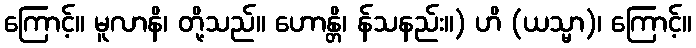
ကြောင့်။ မူလာနိ၊ တို့သည်။ ဟောန္တိ၊ န်သနည်း။) ဟိ (ယသ္မာ)၊ ကြောင့်။